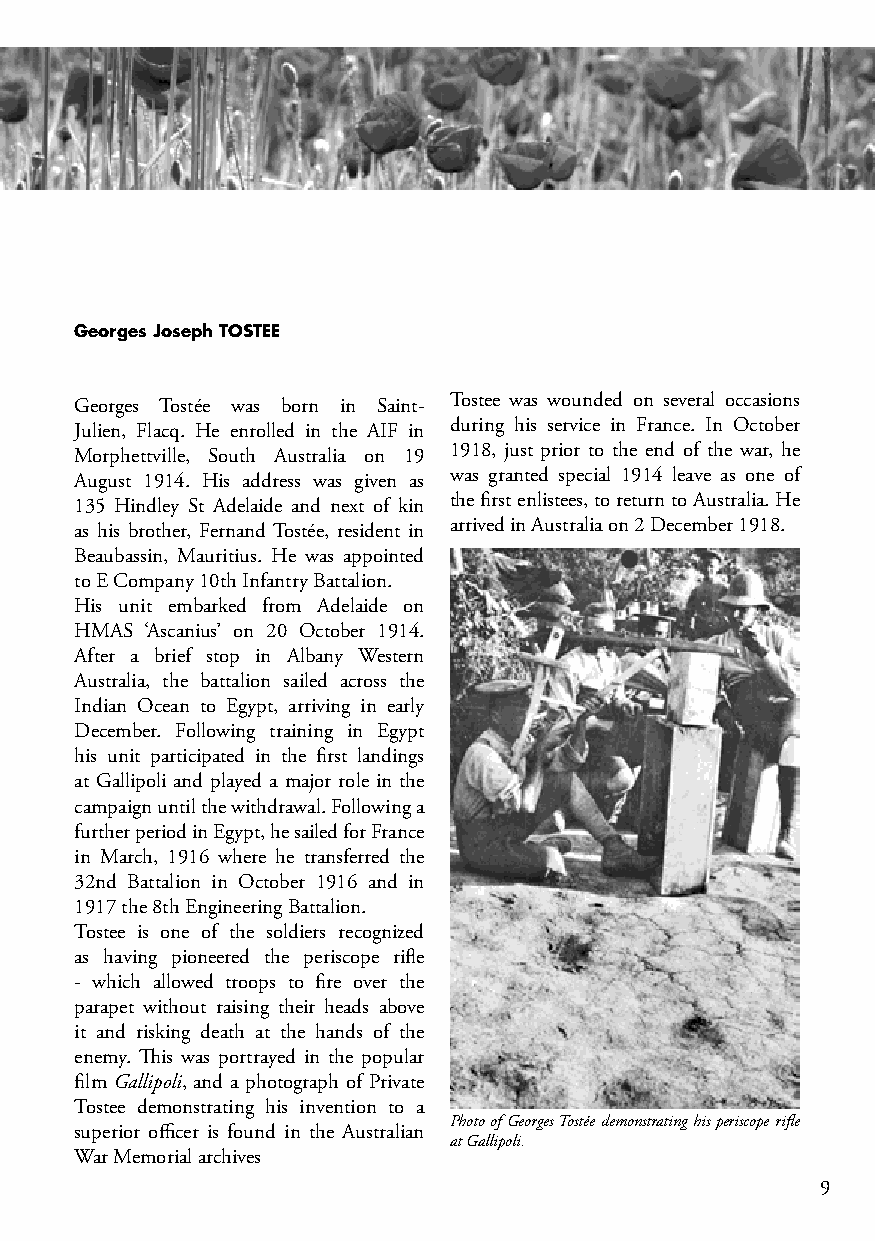
Georges Joseph TOSTEE
 Tostee was wounded on several occasions
 Georges Tostée was born in Saint-
 during his service in France. In October
 Julien, Flacq. He enrolled in the AIF in
 1918, just prior to the end of the war, he
 Morphettville, South Australia on 19
 was granted special 1914 leave as one of
 August 1914. His address was given as
 the first enlistees, to return to Australia. He
 135 Hindley St Adelaide and next of kin
 arrived in Australia on 2 December 1918.
 as his brother, Fernand Tostée, resident in
 Beaubassin, Mauritius. He was appointed
 to E Company 10th Infantry Battalion.
 His unit embarked from Adelaide on
 HMAS ‘Ascanius’ on 20 October 1914.
 After a brief stop in Albany Western
 Australia, the battalion sailed across the
 Indian Ocean to Egypt, arriving in early
 December. Following training in Egypt
 his unit participated in the first landings
 at Gallipoli and played a major role in the
 campaign until the withdrawal. Following a
 further period in Egypt, he sailed for France
 in March, 1916 where he transferred the
 32nd Battalion in October 1916 and in
 1917 the 8th Engineering Battalion.
 Tostee is one of the soldiers recognized
 as having pioneered the periscope rifle
 - which allowed troops to fire over the
 parapet without raising their heads above
 it and risking death at the hands of the
 enemy. This was portrayed in the popular
 film Gallipoli, and a photograph of Private
 Tostee demonstrating his invention to a
 Photo of Georges Tostée demonstrating his periscope rifle
 superior officer is found in the Australian
 at Gallipoli.
 War Memorial archives
 9